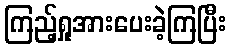
ကြည့်ရှုအားပေးခဲ့ကြပြီး